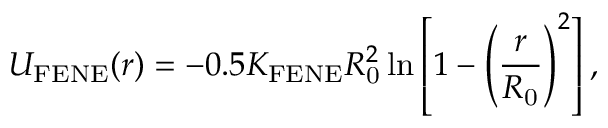
U _ { \mathrm { F E N E } } ( r ) = - 0 . 5 K _ { \mathrm { F E N E } } R _ { \mathrm { 0 } } ^ { 2 } \ln \left[ 1 - \left( \frac { r } { R _ { \mathrm { 0 } } } \right) ^ { 2 } \right] ,